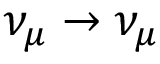
\nu _ { \mu } \to \nu _ { \mu }